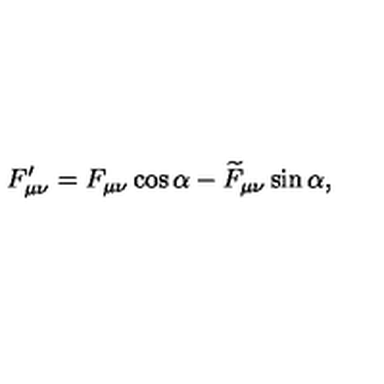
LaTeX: F _ { \mu \nu } ^ { \prime } = F _ { \mu \nu } \cos \alpha - \widetilde { F } _ { \mu \nu } \sin \alpha ,